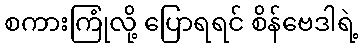
စကားကြုံလို့ ပြောရရင် စိန်ဗေဒါရဲ့